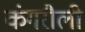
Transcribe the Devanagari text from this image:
कंगरौली